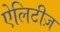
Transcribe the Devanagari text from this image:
ऐलिटीज़